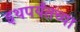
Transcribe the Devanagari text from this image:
इथपर्यंतच्या